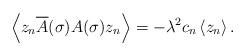
LaTeX: \begin{align*}\left\langle z_n\overline{\mathstrut A}(\sigma)A(\sigma)z_n\right\rangle = -\lambda^2 c_n \left\langle z_n\right\rangle.\end{align*}